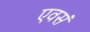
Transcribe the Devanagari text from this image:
एवसं